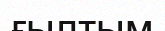
ғылтым